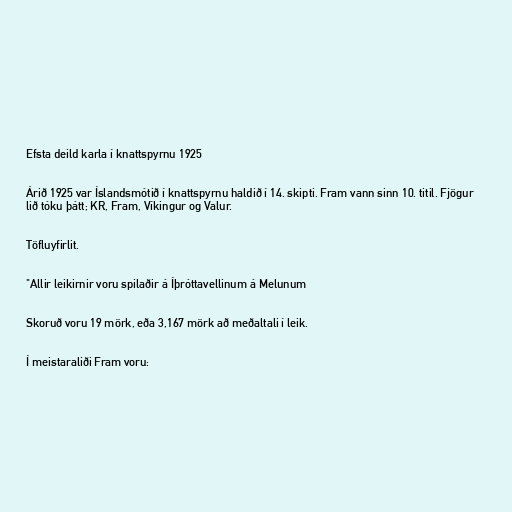
Efsta deild karla í knattspyrnu 1925

Árið 1925 var Íslandsmótið í knattspyrnu haldið í 14. skipti. Fram vann sinn 10. titil. Fjögur
lið tóku þátt; KR, Fram, Víkingur og Valur.

Töfluyfirlit.

"Allir leikirnir voru spilaðir á Íþróttavellinum á Melunum

Skoruð voru 19 mörk, eða 3,167 mörk að meðaltali í leik.

Í meistaraliði Fram voru: